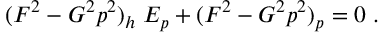
( F ^ { 2 } - G ^ { 2 } p ^ { 2 } ) _ { h } \; E _ { p } + ( F ^ { 2 } - G ^ { 2 } p ^ { 2 } ) _ { p } = 0 \; .